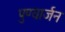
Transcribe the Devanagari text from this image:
पुण्यार्जन